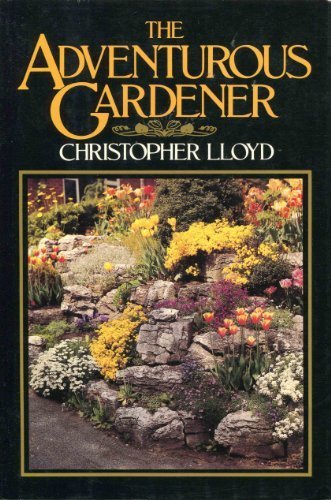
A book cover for The Adventurous Gardener; Christopher Lloyd; Crafts, Hobbies & Home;